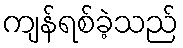
ကျန်ရစ်ခဲ့သည်